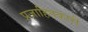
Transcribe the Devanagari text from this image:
प्रजाहितकारी